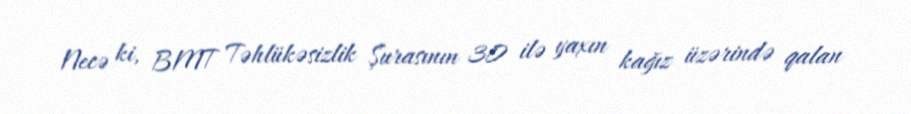
Necə ki, BMT Təhlükəsizlik Şurasının 30 ilə yaxın kağız üzərində qalan